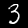
Label: 3